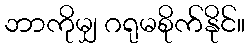
ဘာကိုမျှ ဂရုမစိုက်နိုင်။